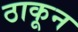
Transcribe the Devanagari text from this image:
ठाकून